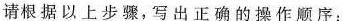
请根据以上步骤，写出正确的操作顺序：